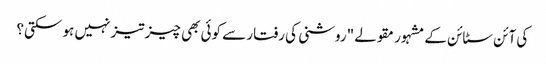
کی آئن سٹائن کے مشہور مقولے "روشنی کی رفتار سے کوئی بھی چیز تیز نہیں ہو سکتی؟